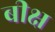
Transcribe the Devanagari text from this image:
बीक्ष